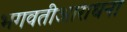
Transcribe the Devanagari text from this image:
भगवतीआराधना